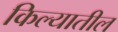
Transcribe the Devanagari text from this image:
किल्यातील